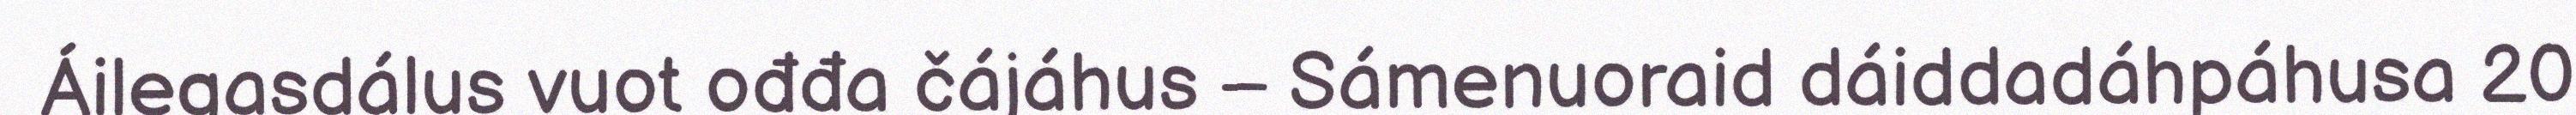
Áilegasdálus vuot ođđa čájáhus – Sámenuoraid dáiddadáhpáhusa 20